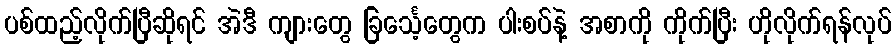
ပစ်ထည့်လိုက်ပြီဆိုရင် အဲဒီ ကျားတွေ ခြင်္သေ့တွေက ပါးစပ်နဲ့ အစာကို ကိုက်ပြီး ဟိုလိုက်ရန်လုပ်